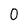
Character: 0